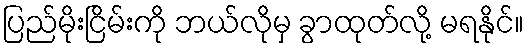
ပြည်မိုးငြိမ်းကို ဘယ်လိုမှ ခွာထုတ်လို့ မရနိုင်။